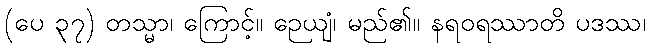
(ပေ ၃၇) တသ္မာ၊ ကြောင့်။ ဉေယျံ၊ မည်၏။ နရဝရဿာတိ ပဒဿ၊